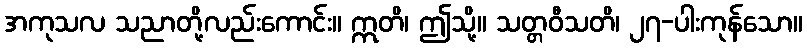
အကုသလ သညာတို့လည်းကောင်း။ ဣတိ၊ ဤသို့။ သတ္တဝီသတိ၊ ၂၇-ပါးကုန်သော။